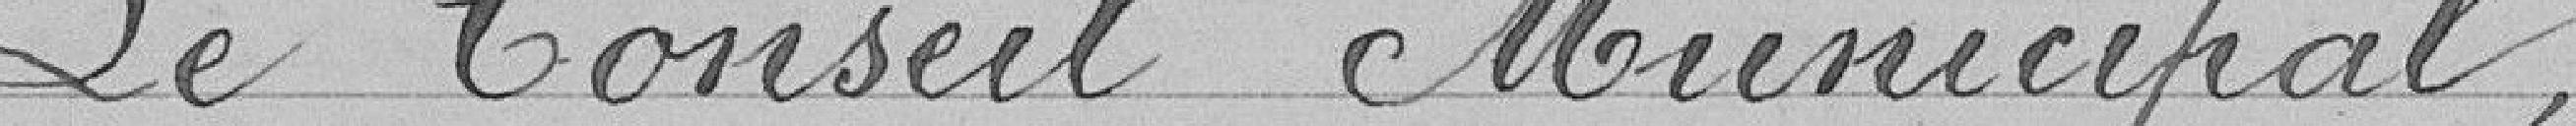
Le Conseil Municipal,